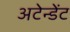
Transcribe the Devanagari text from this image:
अटेन्डेंट